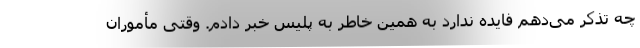
چه تذکر می‌دهم فایده ندارد به همین خاطر به پلیس خبر دادم. وقتی مأموران